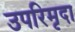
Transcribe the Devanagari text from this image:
उपरिमृदा